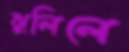
ঝুলিলে